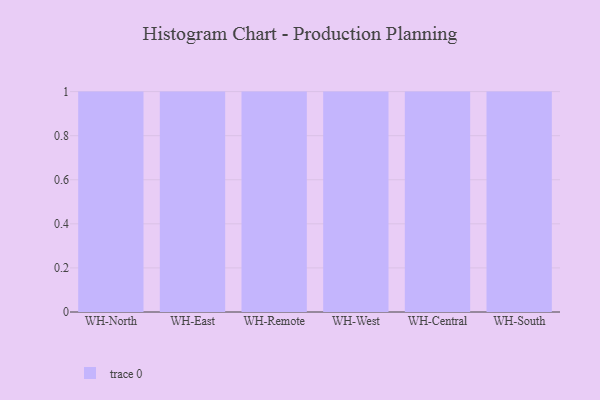
{"axis": {"x": "Warehouse", "y": "Page Views"}, "legend": [""], "data": [{"x": "WH-North", "y": 65, "type": ""}, {"x": "WH-East", "y": 54, "type": ""}, {"x": "WH-Remote", "y": 49, "type": ""}, {"x": "WH-West", "y": 24, "type": ""}, {"x": "WH-Central", "y": 34, "type": ""}, {"x": "WH-South", "y": 50, "type": ""}]}